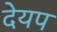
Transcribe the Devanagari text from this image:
देयप